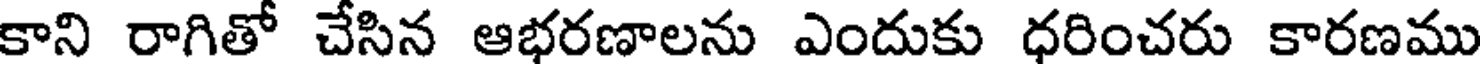
కాని రాగితో చేసిన ఆభరణాలను ఎందుకు ధరించరు కారణము